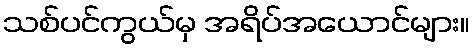
သစ်ပင်ကွယ်မှ အရိပ်အယောင်များ။